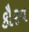
કૌરવ